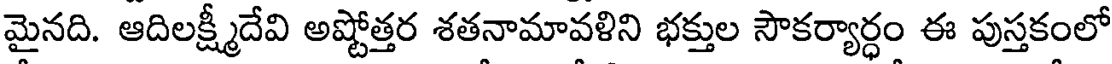
మైనది. ఆదిలక్ష్మీదేవి అష్టోత్తర శతనామావళిని భక్తుల సౌకర్యార్ధం ఈ పుస్తకంలో